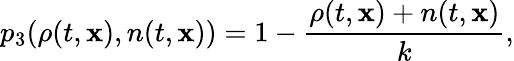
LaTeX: p_{3}(\rho(t,\mathbf{x}),n(t,\mathbf{x}))=1-\frac{\rho(t,\mathbf{x})+n(t,\mathbf{x})}{k},